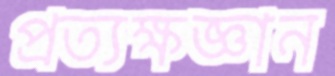
প্রত্যক্ষজ্ঞান